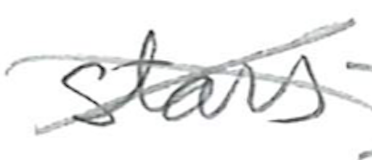
Text: stars
Cross-out: cross
Writing tool: pencil